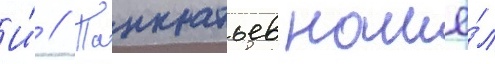
И́ // Панкратьев нашё́л